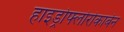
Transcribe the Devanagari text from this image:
हाइड्रोफ्लोरोकार्बन